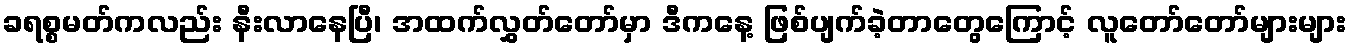
ခရစ္စမတ်ကလည်း နီးလာနေပြီ၊ အထက်လွှတ်တော်မှာ ဒီကနေ့ ဖြစ်ပျက်ခဲ့တာတွေကြောင့် လူတော်တော်များများ